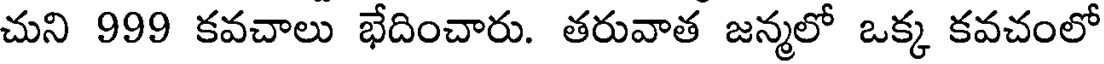
చుని 999 కవచాలు భేదించారు. తరువాత జన్మలో ఒక్క కవచంలో